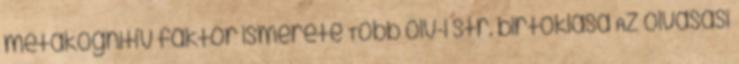
metakognitív faktor ismerete Több olv-i str. birtoklása Az olvasási